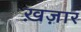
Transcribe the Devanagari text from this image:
ख़ज़ार